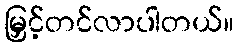
မြှင့်တင်လာပါတယ်။